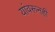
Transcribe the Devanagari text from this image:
यांवरूनही